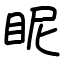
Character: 眤